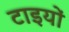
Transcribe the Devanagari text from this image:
टाइयों